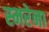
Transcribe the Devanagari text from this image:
स्मरेना